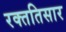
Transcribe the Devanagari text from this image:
रक्ततिसार